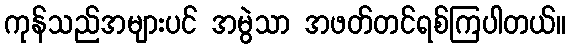
ကုန်သည်အများပင် အမွဲသာ အဖတ်တင်ရစ်ကြပါတယ်။